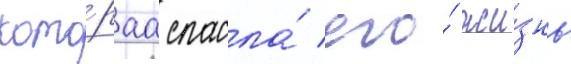
кото́раа спасла́ его́ жи́знь